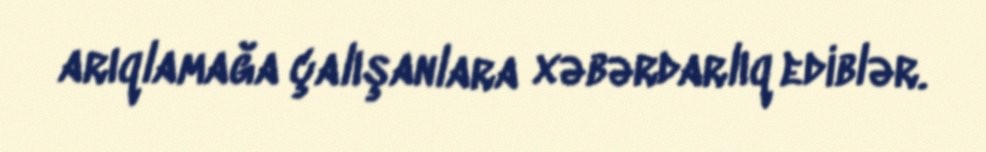
arıqlamağa çalışanlara xəbərdarlıq ediblər.